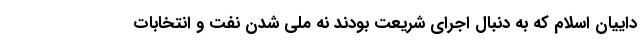
داییان اسلام که به دنبال اجرای شریعت بودند نه ملی شدن نفت و انتخابات